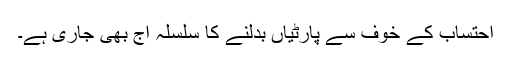
احتساب کے خوف سے پارٹیاں بدلنے کا سلسلہ آج بھی جاری ہے۔